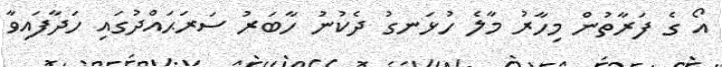
އޯ ގެ ފަރާތުން މިހާރު މާލެ ހުޅަނގު ދެކުނު ހާބަރު ސަރަޙައްދުގައި ހަދާފައިވާ